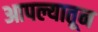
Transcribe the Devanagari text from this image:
आपल्यातून